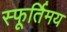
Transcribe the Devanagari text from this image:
स्फूर्तिमय